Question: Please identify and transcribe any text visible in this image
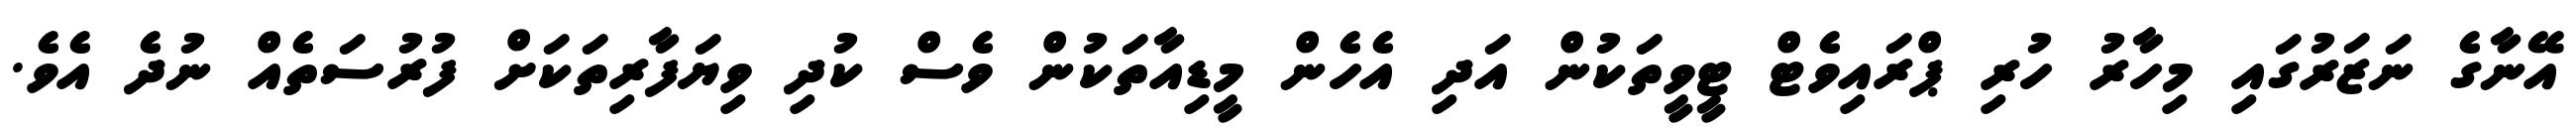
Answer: އޭނާގެ ނަޒަރުގައި މިހާރު ހުރި ޕްރައިވެޓް ޓީވީތަކުން އަދި އެހެން މީޑިއާތަކުން ވެސް ކުދި ވިޔަފާރިތަކަށް ފުރުސަތެއް ނުދެ އެވެ.